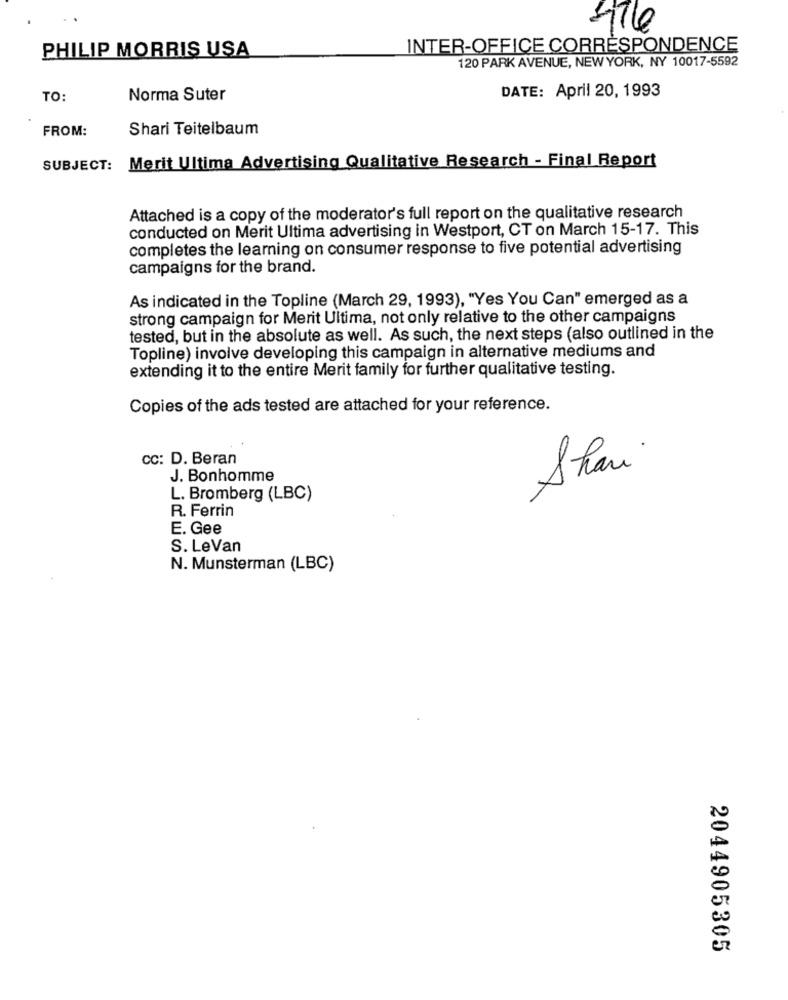
PHILIP MORRIS USA
INTER-OFFICE CORRESPONDENCE
120 PARK AVENUE, NEW YORK, NY 10017-5592
DATE: April 20, 1993
TO:
Norma Suter
FROM:
Shari Teitelbaum
Merit Ultima Advertising Qualitative Research - Final Report
SUBJECT:
Attached is a copy of the moderator's full report on the qualitative research
conducted on Merit Ultima advertising in Westport, CT on March 15-17. This
completes the learning on consumer response to five potential advertising
campaigns for the brand.
As indicated in the Topline (March 29, 1993), "Yes You Can" emerged as a
strong campaign for Merit Ultima, not only relative to the other campaigns
tested, but in the absolute as well. As such, the next steps (also outlined in the
Topline) involve developing this campaign in alternative mediums and
extending it to the entire Merit family for further qualitative testing.
Copies of the ads tested are attached for your reference.
CC: D. Beran
J. Bonhomme
Shari
L. Bromberg (LBC)
R. Ferrin
E. Gee
S. LeVan
N. Munsterman (LBC)
2044905305